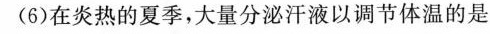
(6)在炎热的夏季，大量分泌汗液以调节体温的是